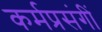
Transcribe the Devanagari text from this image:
कर्मप्रसंगीं